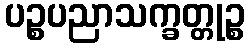
ပဉ္စပညာသက္ခတ္တုဉ္စ